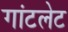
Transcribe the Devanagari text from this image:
गांटलेट